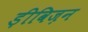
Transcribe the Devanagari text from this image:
ड़ीविज़न